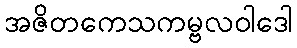
အဇိတကေသကမ္ဗလဝါဒေါ